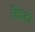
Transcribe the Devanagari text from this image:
निचलो